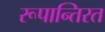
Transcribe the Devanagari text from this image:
रूपान्तिरत